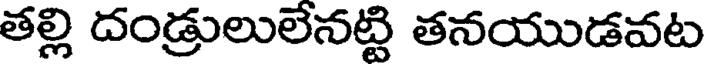
తల్లి దండ్రులులేనట్టి తనయుడవట